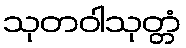
သုတဝါသုတ္တံ